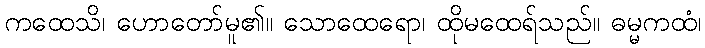
ကထေသိ၊ ဟောတော်မူ၏။ သောထေရော၊ ထိုမထေရ်သည်။ ဓမ္မကထံ၊